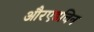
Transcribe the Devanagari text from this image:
औरएडविन